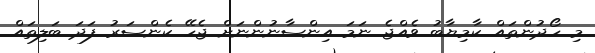
މި ހޯދުންތައް ކާމިޔާބު ވެއްޖެ ނަމަ އިންސާނުންނަށް ޖެހޭ ކެންސަރު ފަދަ ބަލިތައް